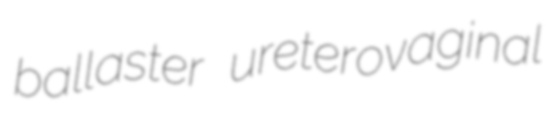
ballaster ureterovaginal